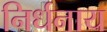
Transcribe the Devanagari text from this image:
निर्धनाय